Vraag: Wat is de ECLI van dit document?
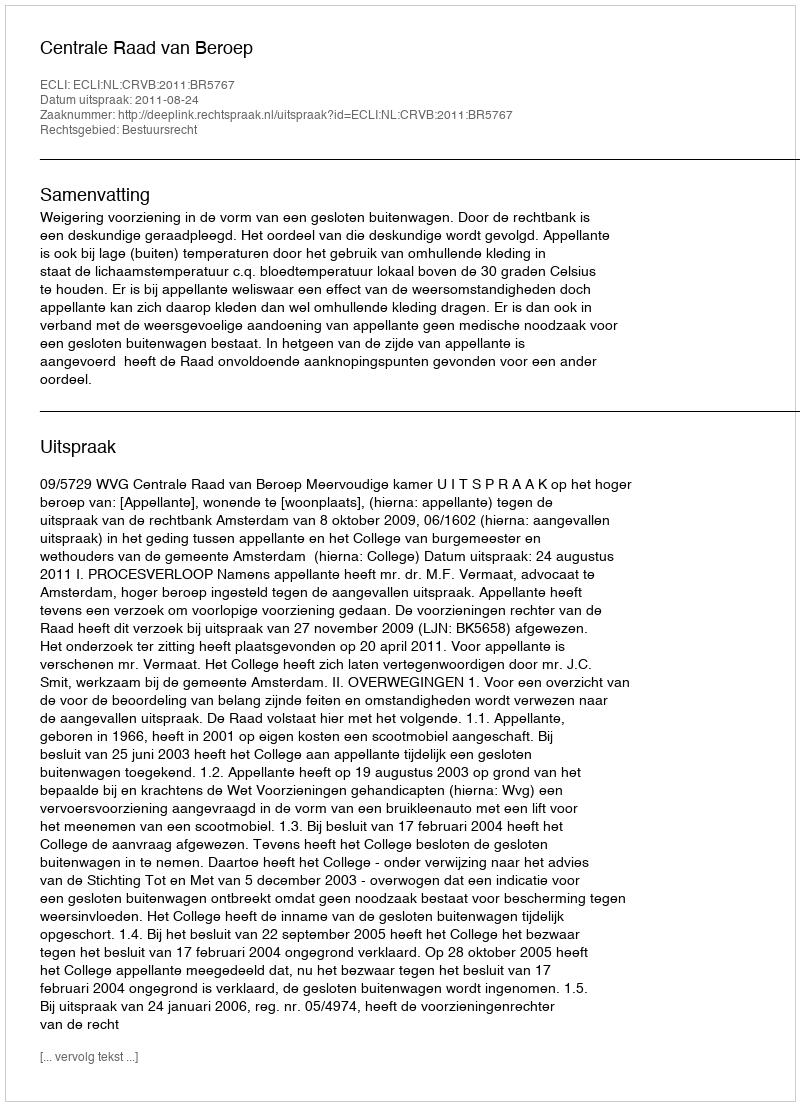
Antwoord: ECLI:NL:CRVB:2011:BR5767